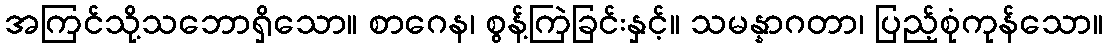
အကြင်သို့သဘောရှိသော။ စာဂေန၊ စွန့်ကြဲခြင်းနှင့်။ သမန္နာဂတာ၊ ပြည့်စုံကုန်သော။